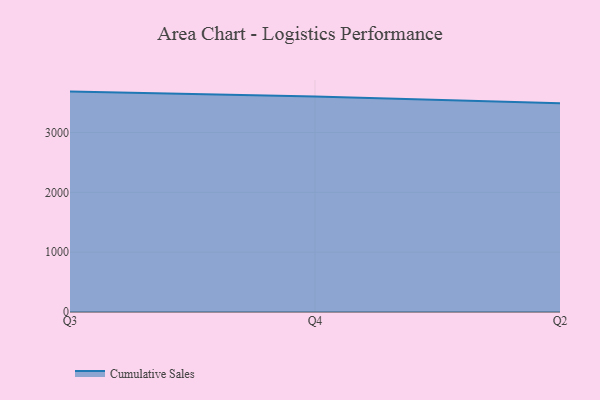
{"axis": {"x": "Quarter", "y": "Page Views"}, "legend": ["Cumulative Sales"], "data": [{"x": "Q3", "y": 3683.7, "type": "Cumulative Sales"}, {"x": "Q4", "y": 3600.7, "type": "Cumulative Sales"}, {"x": "Q2", "y": 3488.3, "type": "Cumulative Sales"}]}